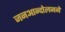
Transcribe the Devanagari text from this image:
जनआन्दोलनने